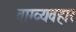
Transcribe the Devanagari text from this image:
वाग्व्यवहार